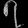
Digit: ၇